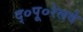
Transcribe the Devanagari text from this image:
द्०पू०रेलवे